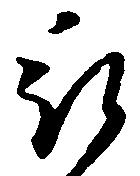
被